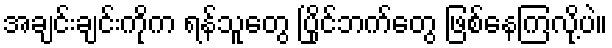
အချင်းချင်းကိုက ရန်သူတွေ ပြိုင်ဘက်တွေ ဖြစ်နေကြလို့ပဲ။